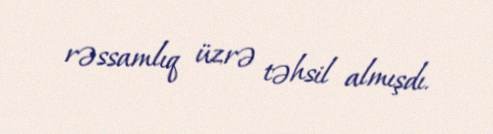
rəssamlıq üzrə təhsil almışdı.